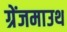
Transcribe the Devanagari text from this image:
ग्रेंजमाउथ